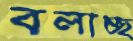
বলাচ্ছ